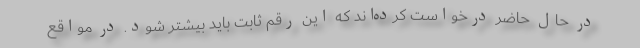
در حال حاضر درخواست کرده‌اند که این رقم ثابت باید بیشتر شود. در مواقع